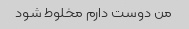
من دوست دارم مخلوط شود